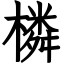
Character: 橉